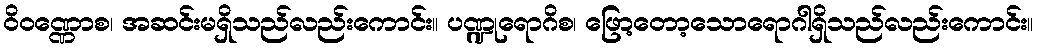
ဝိဝဏ္ဏောစ၊ အဆင်းမရှိသည်လည်းကောင်း။ ပဏ္ဍုရောဂိစ၊ ဖြော့တော့သောရောဂါရှိသည်လည်းကောင်း။